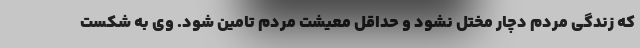
که زندگی مردم دچار مختل نشود و حداقل معیشت مردم تامین شود. وی به شکست